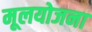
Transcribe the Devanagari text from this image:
मूलयोजना